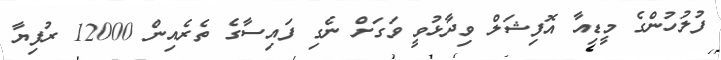
ފުލުހުންގެ މީޑިއާ އޮފިޝަލް ވިދާޅުވީ ވަގަށް ނެގި ފައިސާގެ ތެރެއިން 12000 ރުފިޔާ